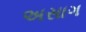
અસાગ